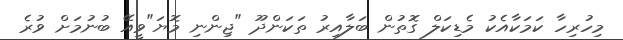
މިހުރިހާ ކަމަކާއެކު މެޑިކަލް ގޮތުން ބަލާއިރު ތަކަންދޫ "ޖިންނި މޮޔަ"ވީއޭ ބުނުމަށް ވުރެ